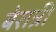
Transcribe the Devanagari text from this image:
बेरात्री